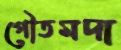
গৌতমদা